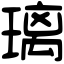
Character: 璃